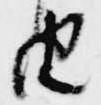
由